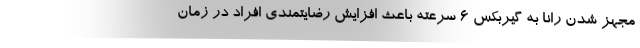
مجهز شدن رانا به گیربکس ۶ سرعته باعث افزایش رضایتمندی افراد در زمان